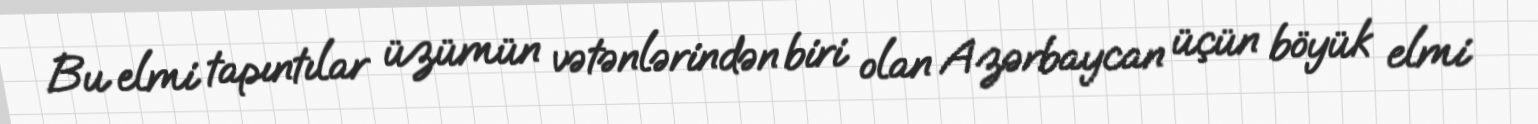
Bu elmi tapıntılar üzümün vətənlərindən biri olan Azərbaycan üçün böyük elmi